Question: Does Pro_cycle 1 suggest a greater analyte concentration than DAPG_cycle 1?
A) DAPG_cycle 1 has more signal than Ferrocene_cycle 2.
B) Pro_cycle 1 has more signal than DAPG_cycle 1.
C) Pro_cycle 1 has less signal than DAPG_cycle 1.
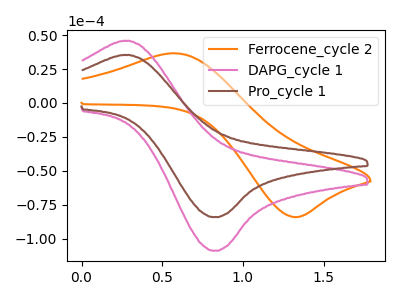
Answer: <think>The orange curve "Ferrocene_cycle 2" has an anodic peak at (0.60V, 36.55uA) and a cathodic peak at (1.30V, -83.90uA). The pink curve "DAPG_cycle 1" has an anodic peak at (0.25V, 45.80uA) and a cathodic peak at (0.80V, -108.75uA). The brown curve "Pro_cycle 1" has an anodic peak at (0.25V, 35.40uA) and a cathodic peak at (0.80V, -84.00uA).
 All the peaks in "Pro_cycle 1" have a peak in "DAPG_cycle 1" at the same potential. Every peak in "Pro_cycle 1" is lower than every peak in "DAPG_cycle 1".</think>
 <answer>C) "Pro_cycle 1" has less signal than "DAPG_cycle 1".</answer>
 <eval>C</eval>